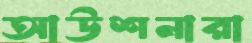
আউশনারা